Plague in India, 1896, 1897 - Volume 2
Year: 1896
Disease focus: Plague
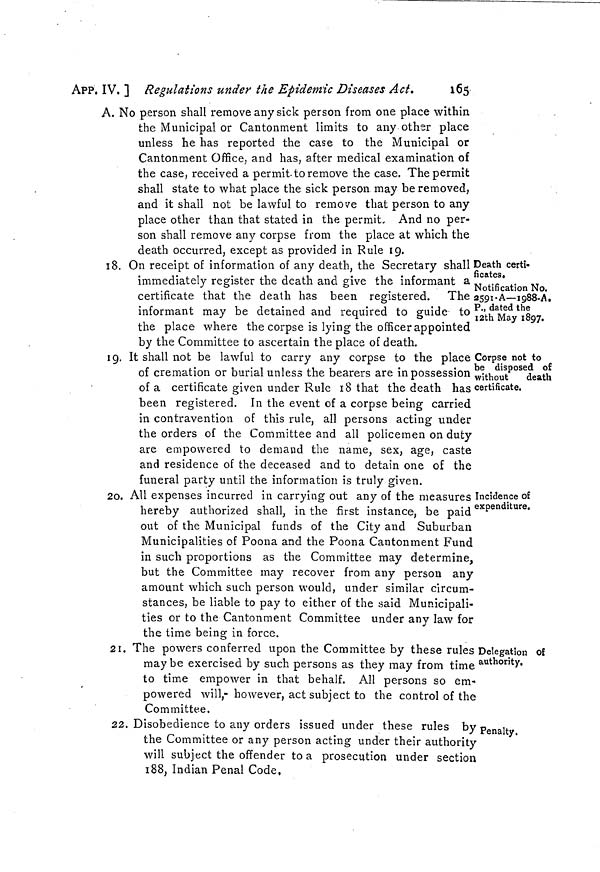
APP. IV. ] Regulations under the Epidemic Diseases Act.
165
A. No person shall remove any sick person from one place within
the Municipal or Cantonment limits to any other place
unless he has reported the case to the Municipal or
Cantonment Office, and has, after medical examination of
the case, received a permit to remove the case. The permit
shall state to what place the sick person may be removed,
and it shall not be lawful to remove that person to any
place other than that stated in the permit. And no per-
son shall remove any corpse from the place at which the
death occurred, except as provided in Rule 19.
Death certi-
ficates«
Notification No.
2591-A—1988-A.
P., dated the
12th May 1897.
18. On receipt of information of any death, the Secretary shall
immediately register the death and give the informant a
certificate that the death has been registered. The
informant may be detained and required to guide to
the place where the corpse is lying the officer appointed
by the Committee to ascertain the place of death.
Corpse not to
be disposed of
without
death
certifícate.
19. It shall not be lawful to carry any corpse to the place
of cremation or burial unless the bearers are in possession
of a certificate given under Rule 18 that the death has
been registered. In the event of a corpse being carried
in contravention of this rule, all persons acting under
the orders of the Committee and all policemen on duty
are empowered to demand the name, sex, age, caste
and residence of the deceased and to detain one of the
funeral party until the information is truly given.
Incidence of
expenditure.
20. All expenses incurred in carrying out any of the measures
hereby authorized shall, in the first instance, be paid
out of the Municipal funds of the City and Suburban
Municipalities of Poona and the Poona Cantonment Fund
in such proportions as the Committee may determine,
but the Committee may recover from any person any
amount which such person would, under similar circum-
stances, be liable to pay to either of the said Municipali-
ties or to the Cantonment Committee under any law for
the time being in force.
Delegation Of
authority.
21. The powers conferred upon the Committee by these rules :
may be exercised by such persons as they may from time
to time empower in that behalf. All persons so em-
powered will,- however, act subject to the control of the
Committee.
Penalty.
22. Disobedience to any orders issued under these rules by ]
the Committee or any person acting under their authority
will subject the offender to a prosecution under section
188, Indian Penal Code,